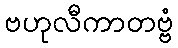
ဗဟုလီကာတဗ္ဗံ